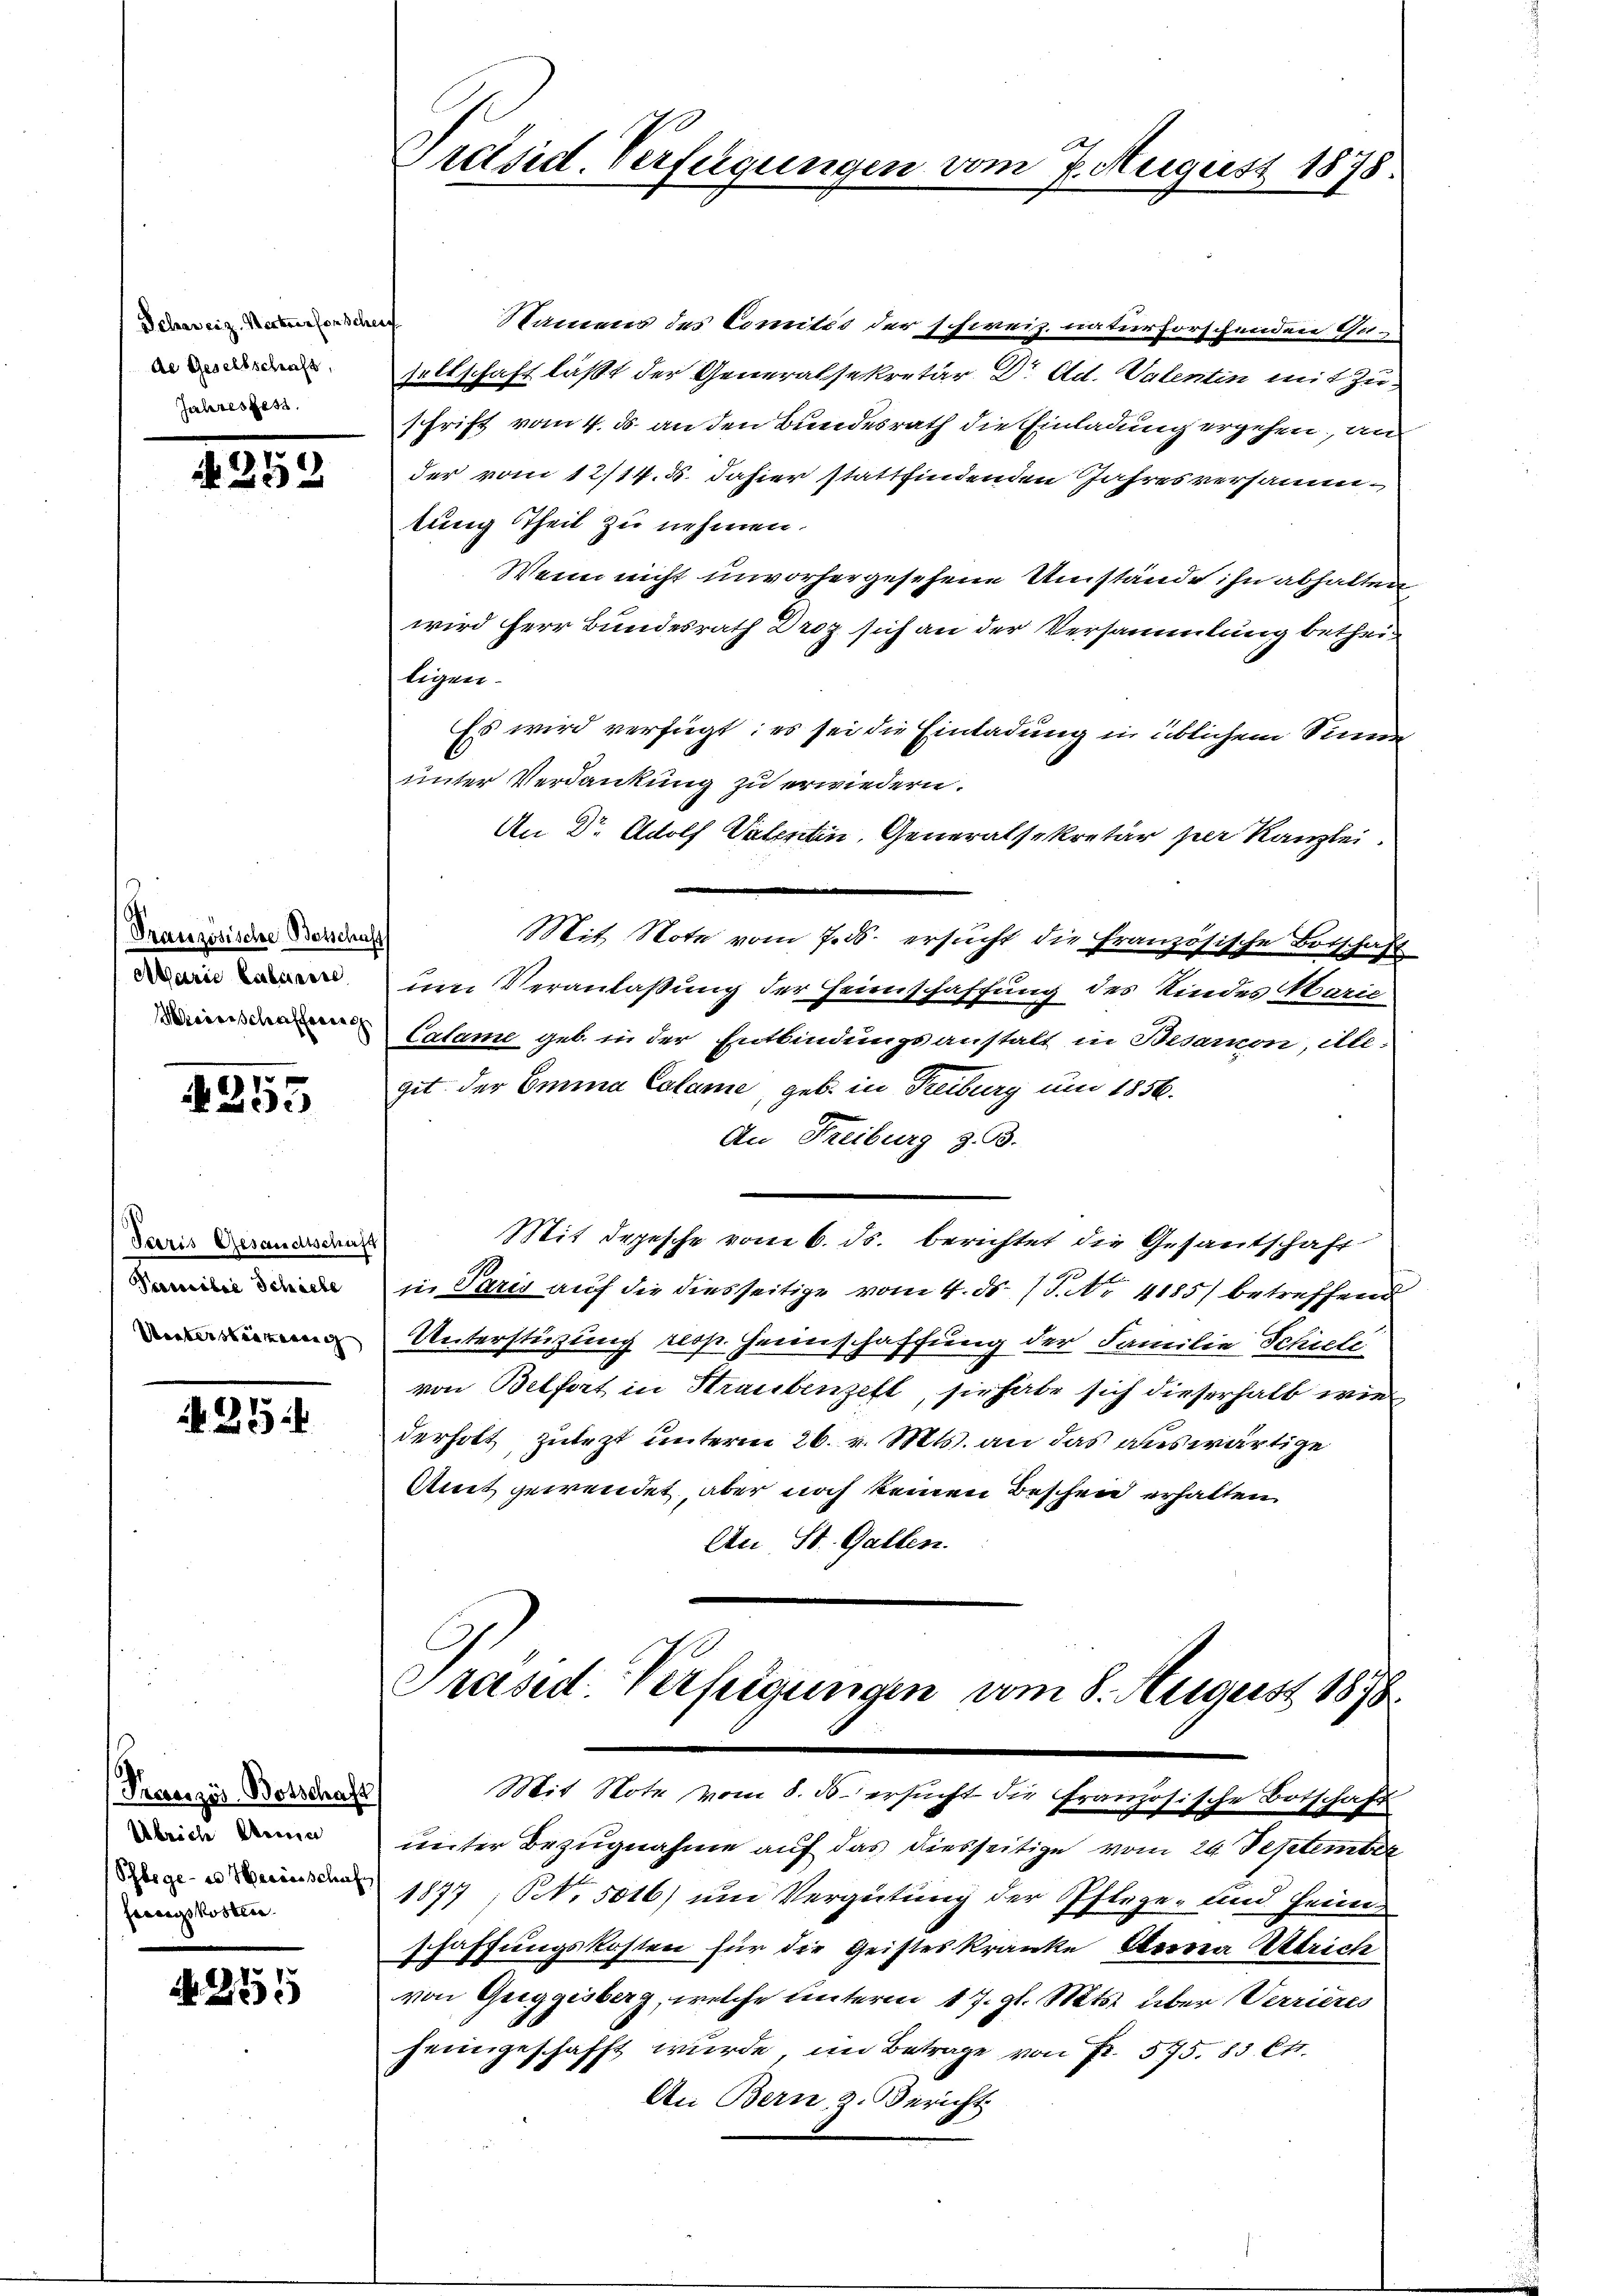
Schan eiz. Werk erforschei
de Gesellschaft,
Jahresgest

1815.

Französische Botschaft
Marie Calarire
iierschaffeerach

4255

Paris Gesandtschaft
Peemilie Schiebe
Unterstärkerung

N 22

Prerenzer Botschaft
Übriche Meine
sactes Kosten

A 255

Namens des Comités der schweiz. naturforschenden Gusellschaft läßt der Generalsekretär Dr. Ad. Valentin mit Zuschrift vom 4. ds. an den Bundesrath die Einladung ergehen, an
der vom 12/14. 5. dahier stattfindenden Jahresversammtung Theil zu nehmen.
Wenn nicht unvorhergesehene Umstände ihn abhalten
wird herr Bundesrath Droz sich an der Versammlung betheitigen.
Es wird verfügt: es sei die Einladung in üblichem Sinne
unter Verdankung zu erwiedern.
An Dr. Adolf Vaterin, Generalsekretär zer Kanzlei.
Mit Note vom 7. ds. ersucht die Französische Botschaft
um Veranlaßung der Heimschaffung des Kindes Marie
Calame geb. in der Entbindungsanstalt in Besammon, ille-
git der Emina Calame, geb. in Treiburg um 1856.
An Freiburg z. B.
n
Mit depesche vom 6. ds. berichtet die Gesantschaft
u. Paris auf die diesseitige vom 4. ds. (T. No 4185) betreffend
Unterstüzung resp. Heimschaffung der Familie Schiele
von Belfort in Straubenzell, sie habe sich dieserhalb wir
derholt zutezt unterm 26. v. Mts. an das auswärtige
Amt gewendet, aber noch keinen Beschen erhalten
An St. Gallen.

Präsid. Verfügungen vom 7. August 1878.

Präsid. Verfügungen vom 8. August 1878.
Mit Note vom 8. ds. ersucht die Französische Botschaft
unter Bezugnahme auf das diesseitige vom 24 September

1877, No. 5016) und Vergütung der Pflege- und heim-
schaffungskosten für die Geisteskranke Oberrena Ulrich
von Greggisberg, welche unterm 17. gl. Mts. über Verrieres
heimgeschafft wurde, im Betrage von Fr. 575. 85 Cts.
An Bern, z. Bericht